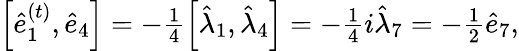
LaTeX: \begin{array}{r}{\left[\hat{e}_{1}^{(t)},\hat{e}_{4}\right]=-\frac{1}{4}\left[\hat{\lambda}_{1},\hat{\lambda}_{4}\right]=-\frac{1}{4}i\hat{\lambda}_{7}=-\frac{1}{2}\hat{e}_{7},}\end{array}